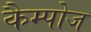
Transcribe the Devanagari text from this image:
कैम्पोज